Civil Veterinary Department. United Provinces 1923-31 - 1923-1931
Year: 1923
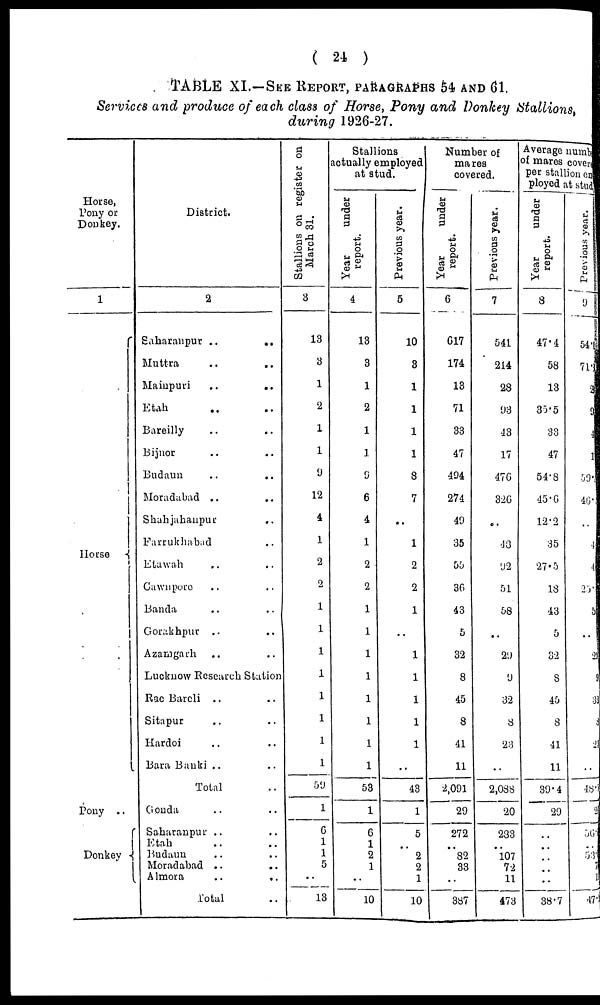
( 24 )
TABLE XI.—SEE REPORT, PARAGRAPHS 54 AND 61.
Services and produce of each class of Horse, Pony and Donkey Stallions,
during 1926-27.
Horse,
Pony or
Donkey.
1
Horse
Pony ..
Donkey
District.
2
Saharanpur
..
..
Muttra .. ..
Mainpuri
..
..
Etah
..
..
Bareilly .. ..
Bijnor .. ..
Budaun
..
..
Moradabad .. ..
Shahjahaupur
..
Farrukhabad ..
Etawah .. ..
Cawnpore .. ..
Banda .. ..
Gorakhpur .. ..
Azamgarh .. ..
Lucknow Research Station
Rae Bareli .. ..
Sitapur .. ..
Hardoi .. ..
Bara Banki .. ..
Total ..
Gonda .. ..
Saharanpur .. ..
Etah .. ..
Budaun .. ..
Moradabad .. ..
Almora
..
..
Total ..
Stallions on register on
March 31.
3
13
3
1
2
1
1
9
12
4
1
2
2
1
1
1
1
1
1
1
1
59
1
6
1
1
5
..
13
Stallions
actually employed
at stud.
Year
under
report.
4
13
3
1
2
1
1
9
6
4
1
2
2
1
1
1
1
1
1
1
1
58
1
6
1
2
1
..
10
Previous year.
5
10
8
1
1
1
1
8
7
..
1
2
2
1
..
1
1
1
1
1
..
43
1
5
..
2
2
1
10
Number of
mares
covered.
Year
under
report.
6
617
174
18
71
33
47
404
274
49
35
55
36
43
5
32
8
45
8
41
11
2,001
29
272
..
82
33
..
387
Previous year.
7
541
214
28
93
43
17
476
326
..
48
92
51
58
..
29
9
32
8
23
..
2,088
20
233
..
107
72
11
473
Average numb
of mares coven
per stallion en
ployed at stud
Year
under
report.
8
47.4
58
13
35.5
33
47
54.8
45.6
12.2
35
27.5
18
43
5
32
8
45
8
41
11
39.4
29
..
..
..
..
..
38.7
Previous year.
9
54
71
59
46
..
4
4
25
5
..
2
..
48
56
..
53
47